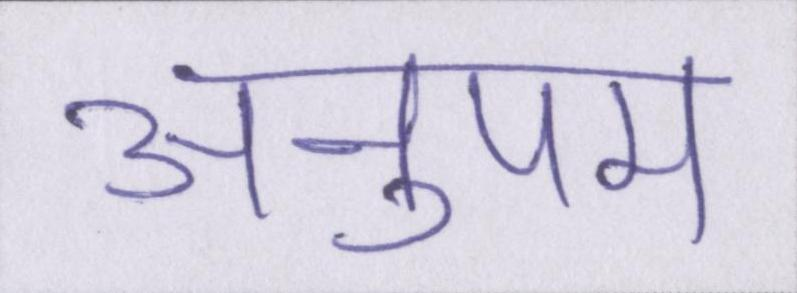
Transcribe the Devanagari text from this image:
अनुपम